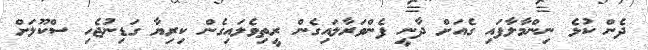
ދެން ކުޅެ ނިންމާލާފައި ގެއަށް ދާނީ ފެންވަރާލައިގެން ރީތިވެލައިގެން ކިރިޔާ ގަޑިނުޖެހި ސްކޫލަށް